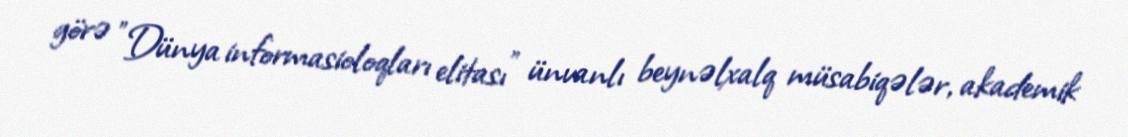
görə "Dünya informasioloqları elitası" ünvanlı beynəlxalq müsabiqələr, akademik